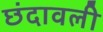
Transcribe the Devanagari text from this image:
छंदावली